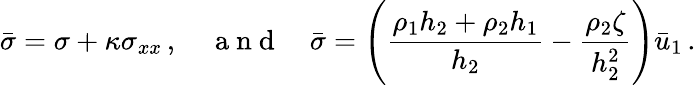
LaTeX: \bar{\sigma}=\sigma+\kappa\sigma_{xx}\, ,\quad\mathrm{~a~n~d~}\quad\bar{\sigma}=\left({\frac{\rho_{1}h_{2}+\rho_{2}h_{1}}{h_{2}}}-{\frac{\rho_{2}\zeta}{h_{2}^{2}}}\right)\bar{u}_{1}\, .